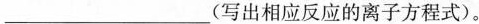
___(写出相应反应的离子方程式)。